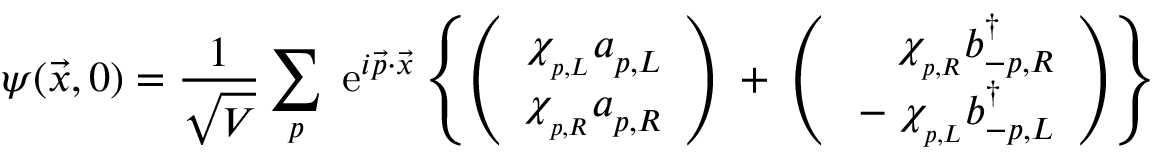
\psi ( \vec { x } , 0 ) = \frac { 1 } { \sqrt { V } } \sum _ { p } \; \mathrm { e } ^ { i \vec { p } \cdot \vec { x } } \left\{ \left( \begin{array} { r } { { \chi _ { _ { p , L } } a _ { p , L } ^ { } } } \\ { { \chi _ { _ { p , R } } a _ { p , R } ^ { } } } \end{array} \right) \; + \; \left( \begin{array} { r } { { \chi _ { _ { p , R } } b _ { - p , R } ^ { \dagger } } } \\ { { \; - \; \chi _ { _ { p , L } } b _ { - p , L } ^ { \dagger } } } \end{array} \right) \right\}